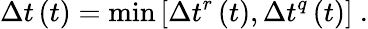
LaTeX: \Delta t\left(t\right)={\mathrm{min}\left[\Delta t^{r}\left(t\right),\Delta t^{q}\left(t\right)\right]\ }.